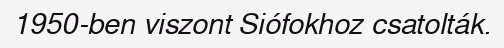
1950-ben viszont Siófokhoz csatolták.